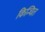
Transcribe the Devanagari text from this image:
किन्चित